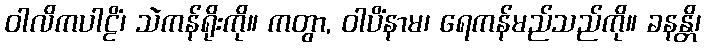
ဝါလိကပါဠိံ၊ သဲကန်ရိုးကို။ ကတွာ, ဝါပိံနာမ၊ ရေကန်မည်သည်ကို။ ခနန္တိ၊